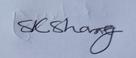
Signature authenticity: genuine